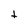
Character: t